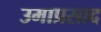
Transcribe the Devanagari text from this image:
उमाप्रसाद